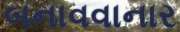
બનાવવાનાર